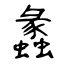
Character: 蠡